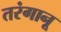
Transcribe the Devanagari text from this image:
तरंगानू